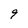
Character: 9